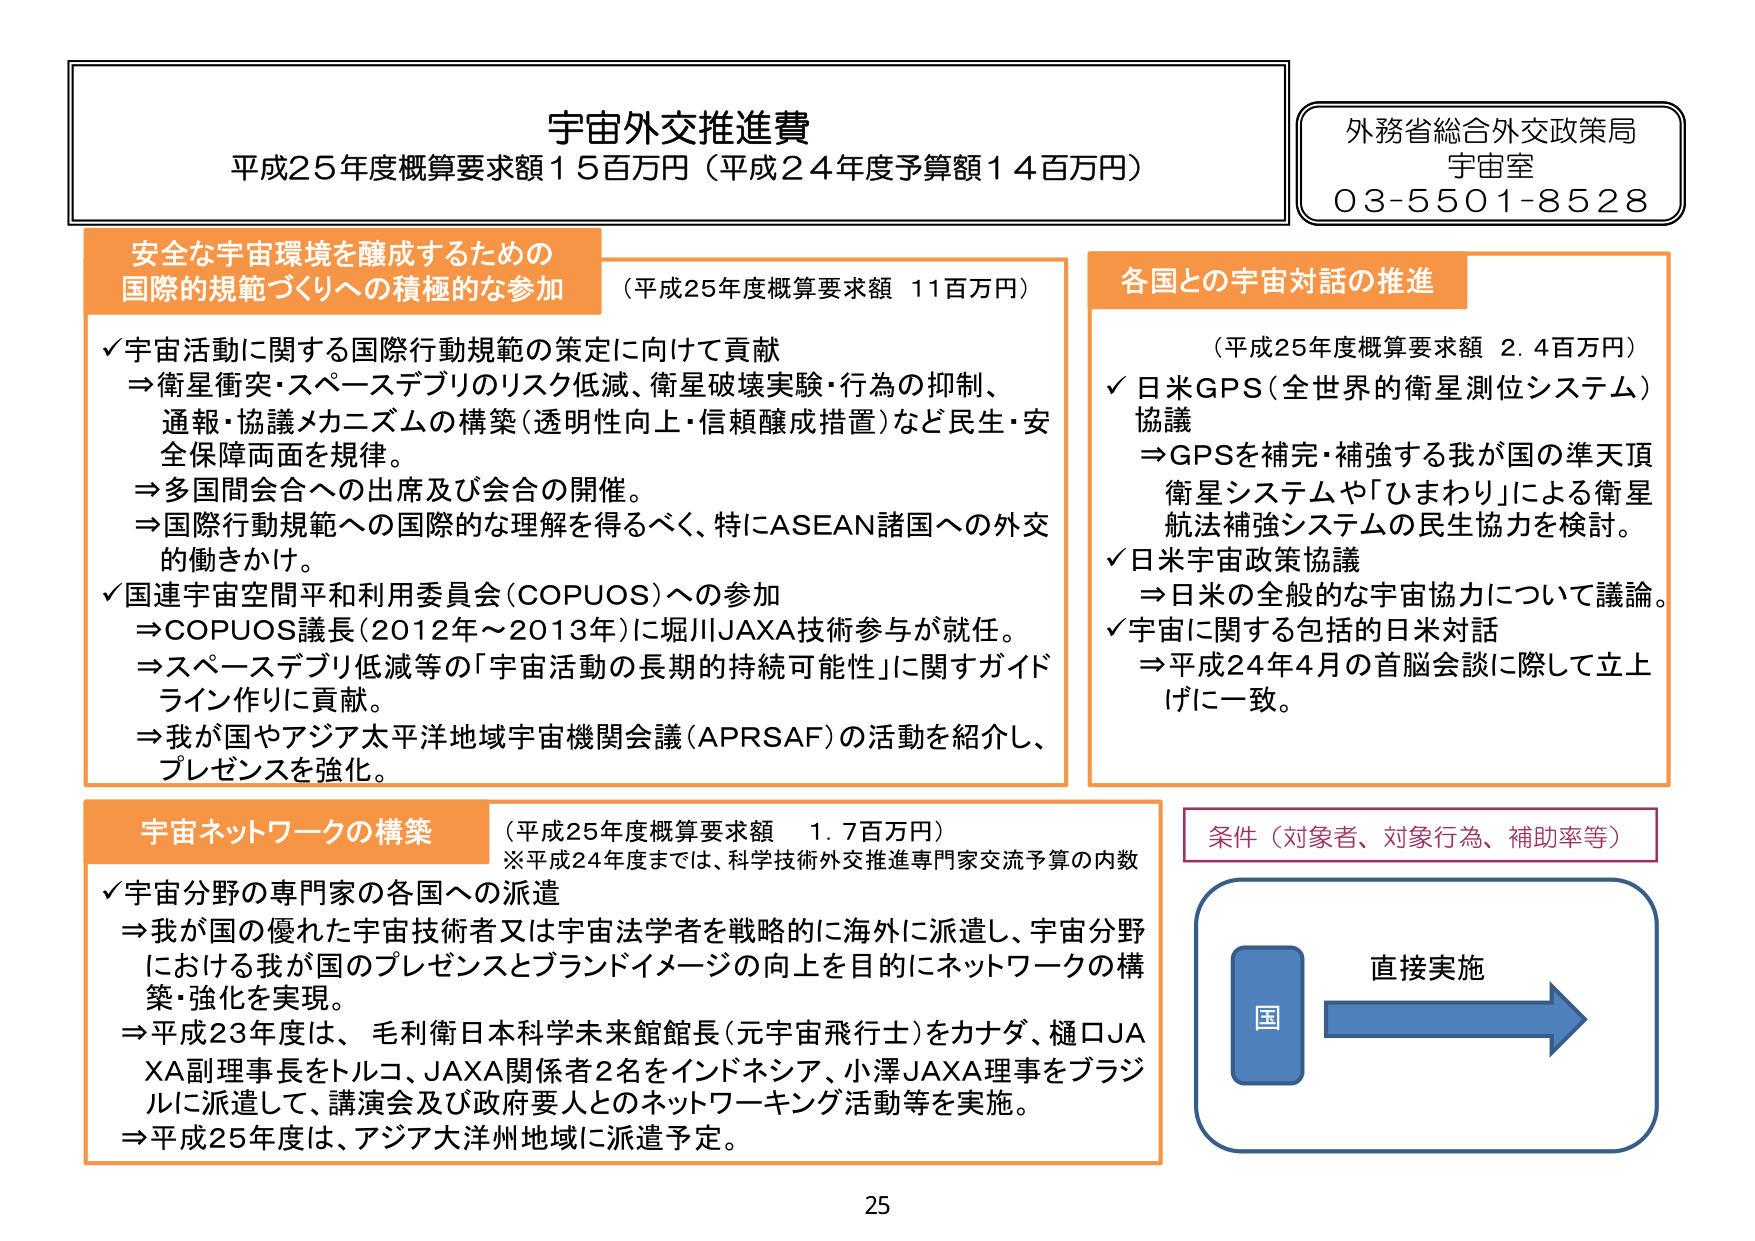
宇宙外交推進費
平成25年度概算要求額15百万円（平成24年度予算額14百万円）

外務省総合外交政策局
宇宙室
03-5501-8528

安全な宇宙環境を醸成するための
国際的規範づくりへの積極的な参加
（平成25年度概算要求額 11百万円）
✓宇宙活動に関する国際行動規範の策定に向けて貢献
⇒衛星衝突・スペースデブリのリスク低減、衛星破壊実験・行為の抑制、
通報・協議メカニズムの構築（透明性向上・信頼醸成措置）など民生・安全
保障両面を規律。
⇒多国間会合への出席及び会合の開催。
⇒国際行動規範への国際的な理解を得るべく、特にASEAN諸国への外交
的働きかけ。
✓国連宇宙空間平和利用委員会（COPUOS）への参加
⇒COPUOS議長（2012年～2013年）に堀川JAXA技術参与が就任。
⇒スペースデブリ低減等の「宇宙活動の長期的持続可能性」に関するガイド
ライン作りに貢献。
⇒我が国やアジア太平洋地域宇宙機関会議（APRSAF）の活動を紹介し、
プレゼンスを強化。

各国との宇宙対話の推進
（平成25年度概算要求額 2.4百万円）
✓日米GPS（全世界的衛星測位システム）
協議
⇒GPSを補完・補強する我が国の準天頂
衛星システムや「ひまわり」による衛星
航法補強システムの民生協力を検討。
✓日米宇宙政策協議
⇒日米の全般的な宇宙協力について議論。
✓宇宙に関する包括的日米対話
⇒平成24年4月の首脳会談に際して立上げに一致。

宇宙ネットワークの構築
（平成25年度概算要求額 1.7百万円）
※平成24年度までは、科学技術外交推進専門家交流予算の内数
✓宇宙分野の専門家の各国への派遣
⇒我が国の優れた宇宙技術者又は宇宙法学者を戦略的に海外に派遣し、宇宙分野
における我が国のプレゼンスとブランドイメージの向上を目的にネットワークの構
築・強化を実現。
⇒平成23年度は、毛利衛日本科学未来館館長（元宇宙飛行士）をカナダ、樋口JA
XA副理事長をトルコ、JAXA関係者2名をインドネシア、小澤JAXA理事をブラジ
ルに派遣して、講演会及び政府要人とのネットワーキング活動等を実施。
⇒平成25年度は、アジア大洋州地域に派遣予定。

条件（対象者、対象行為、補助率等）
直接実施
国

25